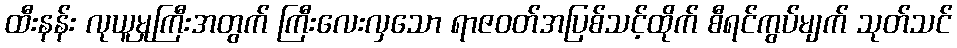
ထီးနန်း လုယူမှုကြီးအတွက် ကြီးလေးလှသော ရာဇဝတ်အပြစ်သင့်ထိုက် စီရင်ကွပ်မျက် သုတ်သင်